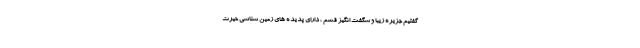
گفتیم جزیره زیبا و شگفت انگیز قشم ، دارای پدیده های زمین شناسی حیرت